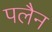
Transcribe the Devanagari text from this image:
पलैन